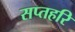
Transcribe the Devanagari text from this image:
सप्तहरि